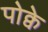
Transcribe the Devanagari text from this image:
पोक्वे